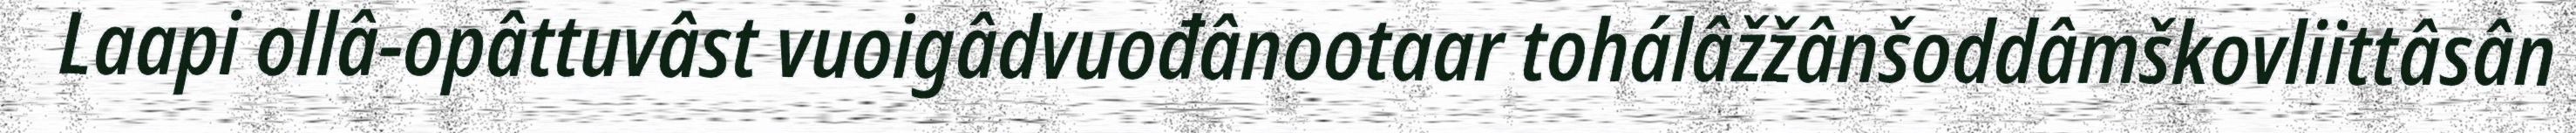
Laapi ollâ-opâttuvâst vuoigâdvuođânootaar tohálâžžânšoddâmškovliittâsân